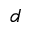
d